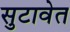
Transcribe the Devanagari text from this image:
सुटावेत